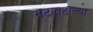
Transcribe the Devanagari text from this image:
गटातटाच्या